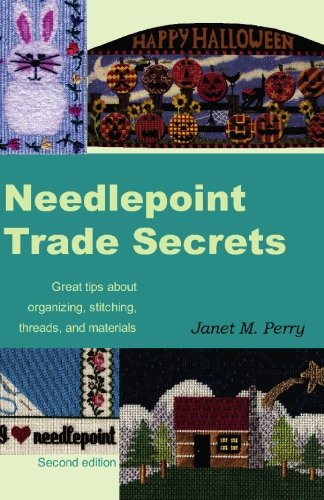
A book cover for Needlepoint Trade Secrets: Great Tips about Organizing, Stitching, Threads, and Materials; Janet M. Perry; Crafts, Hobbies & Home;